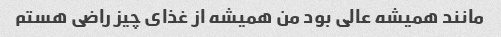
مانند همیشه عالی بود من همیشه از غذای چیز راضی هستم